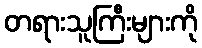
တရားသူကြီးများကို